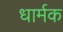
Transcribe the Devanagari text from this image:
धार्मक